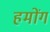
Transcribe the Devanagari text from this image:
हमोंग